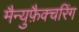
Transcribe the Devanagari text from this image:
मैन्युफ़ैक्चरिंग